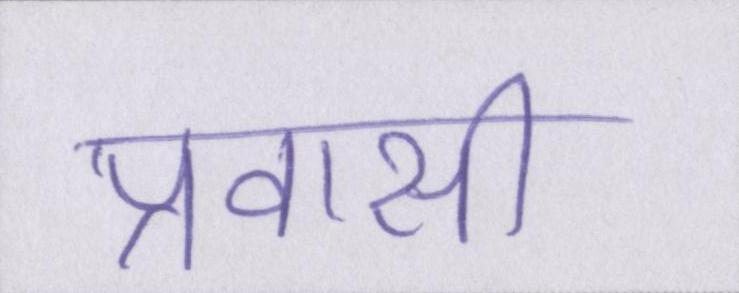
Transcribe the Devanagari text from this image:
प्रवासी